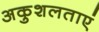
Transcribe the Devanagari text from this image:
अकुशलताएं